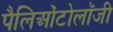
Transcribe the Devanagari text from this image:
पैलिओंटोलॉजी